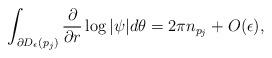
LaTeX: \begin{align*}\int_{\partial D_\epsilon(p_j)}\frac{\partial}{\partial r}\log|\psi|d\theta=2\pi n_{p_j}+O(\epsilon),\end{align*}